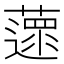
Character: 𦿚